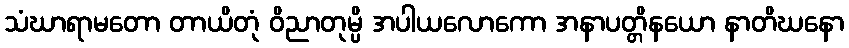
သံဃာရာမတော တာယိတုံ ဝိညာတုမ္ပိ အပါယလောကော အနာပတ္တိနယော နာတိဃနော